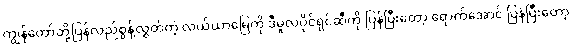
ကျွန်တော်တို့ပြန်လည်စွန့်လွှတ်တဲ့ လယ်ယာမြေကို ဒီမူလပိုင်ရှင်ဆီကို ပြန်ပြီးတော့ ရောက်အောင် ပြန်ပြီးတော့